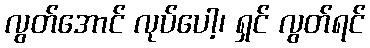
လွတ်အောင် လုပ်ပေါ့၊ ရှင် လွတ်ရင်